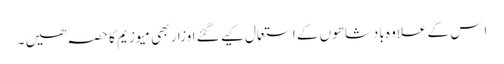
اِس کے علاوہ بادشاھوں کے استعمال کیے گئے اوزار بھی میوزیم کا حصہ ھیں ۔